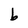
Character: b